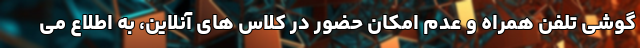
گوشی تلفن همراه و عدم امکان حضور در کلاس های آنلاین، به اطلاع می